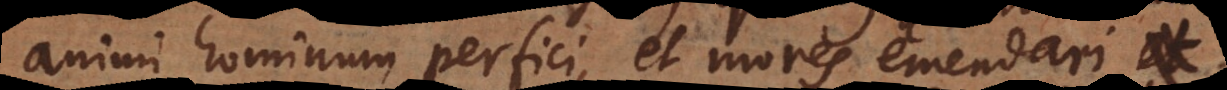
animi hominum perfici, et mores emendari,